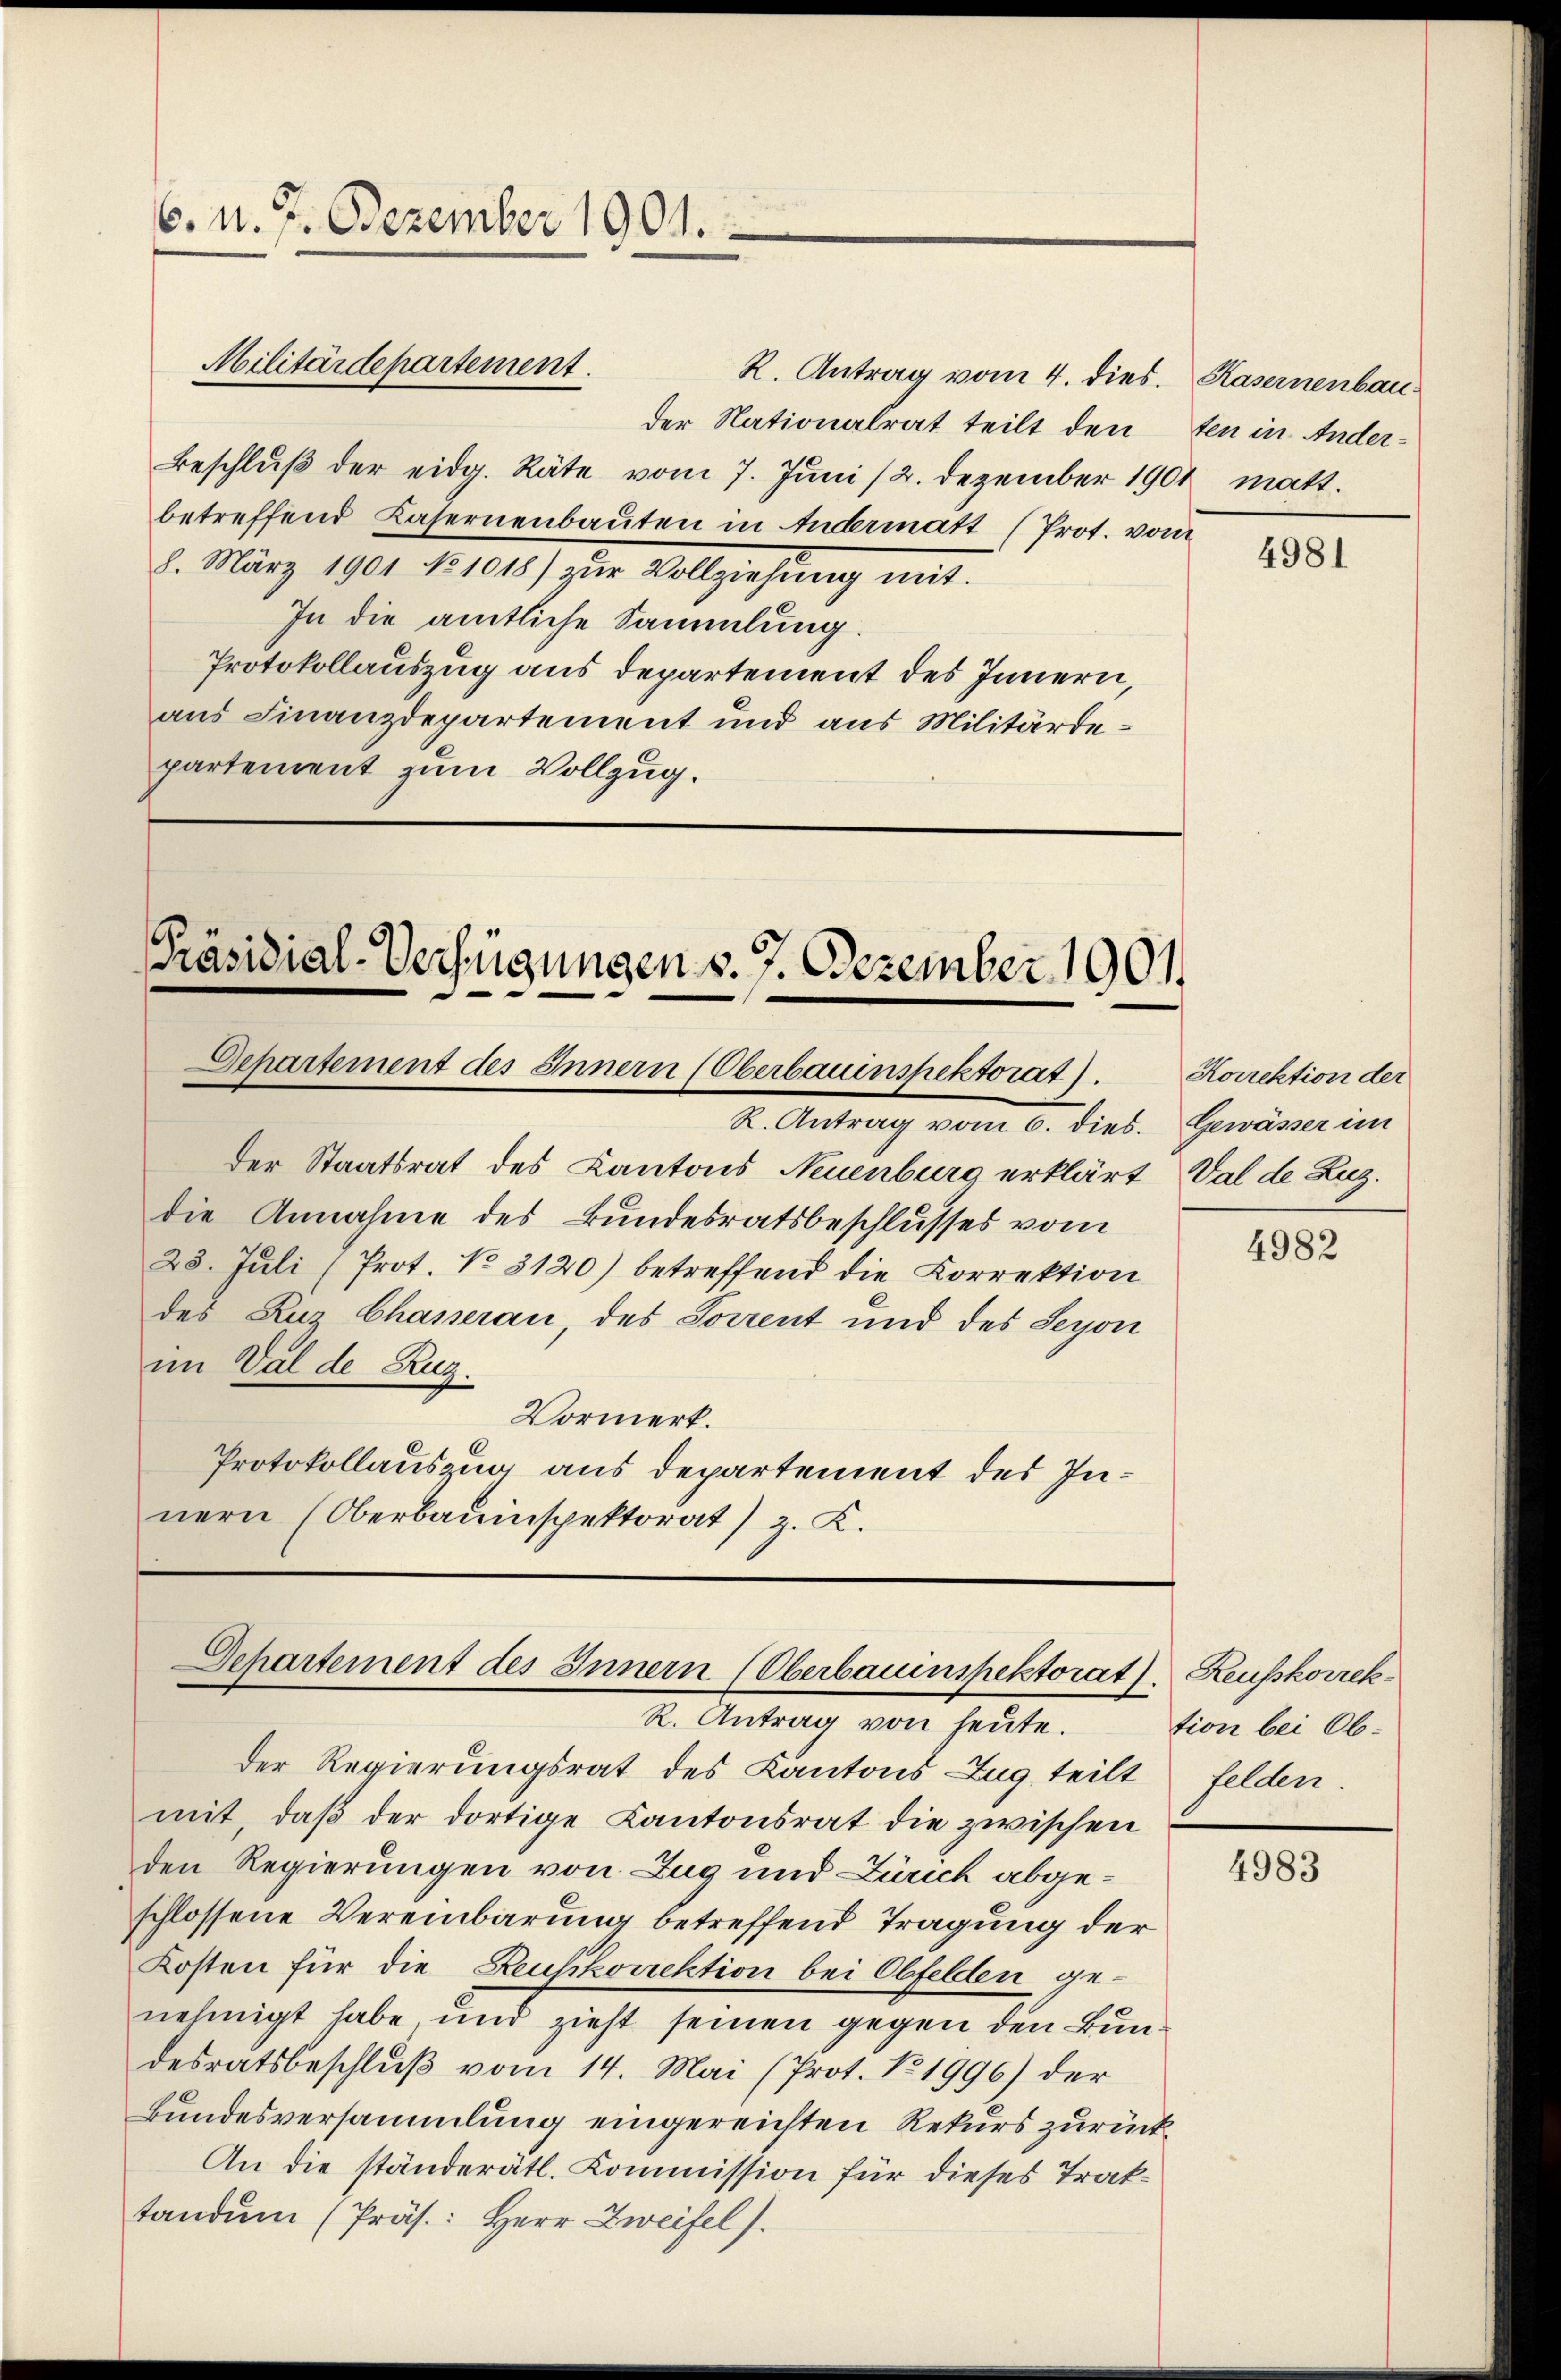
6. d. 7. Dezember 1901.

Militärdepartement.

Präsidial-Verfügungen d. 7. Dezember 1901.
Departement des Innern (Oberbauinspektorat).

I. Antrag vom 5. dies. Heimann
der Staatsrat des Kantons Neuenburg erklärt, Val de Luz
die Annahme des Bundesratsbeschlusses vom
28. Juli (Prot. No. 3120) betreffend die Korrektion
des Ruz Chasseran, des Sorrent und des Seyon
im Val de Rug.
Vormerk.
Protokollauszug aus Departement des Innern (Oberbauinspektorat) z. K.

R. Antrag vom 4. dies. Kasernenbauder Nationalrat teilt den ten in Ander¬
Beschlŭβ der eidg. Räte vom 7. Juni /2. Dezember 1901 matt.
betreffend Kasernenbauten in Andermatt (Prot. vom
8. März 1901 No 1018) zŭr Vollziehung mit.
In die amtliche Sammlung.
Protokollauszug aus departement des Innern,
aus Finanzdepartement und aus Militärdepartement zum Vollzug.

Departement des Innern (Oberbauinspektorat), Reusskorrek¬

R. Antrag von heute.
Der Regierungsrat des Kantons Zug teilt felden
mit, daß der dortige Kantonsrat die zwischen
den Regierungen von Zug und Zürich abgeschlossene Vereinbarung betreffend Tragung der
Kosten für die Reußkorrektion bei Obfelden genehmigt habe und zieht seinen gegen den Bundesratsbeschluß vom 14. Mai (Prot. No 1996) der
Bundesversammlung eingereichten Rekurs zurück¬
An die ständerätl. Kommission für dieses Traktandum (Präs.: Herr Zweifel.

4981

Korrektion der

4982

tion bei Ob¬

4983